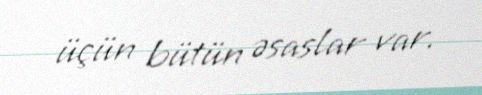
üçün bütün əsaslar var.